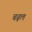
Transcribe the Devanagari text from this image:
चढ़ल